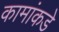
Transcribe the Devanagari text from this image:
कामांकडे